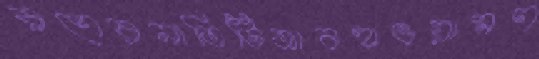
ব্রণেরনাতিটিআবহাওয়ামণ